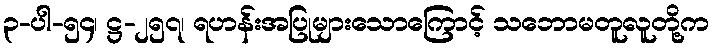
၃-ပါ-၅၄၊ ဋ္ဌ-၂၅၇၊ ရဟန်းအပြုများသောကြောင့် သဘောမတူလူတို့က